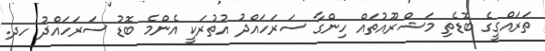
ތަރައްގީގެ ބޮޑެތި މަޝްރޫއުތައް ހިންގާ ސަރަހައްދު އުތުރަކީ އެންމެ ބޮޑު ސަރަހައްދު ހދ.